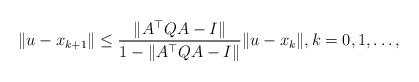
LaTeX: \begin{align*} \|u-x_{k+1}\|\leq \frac{\|A^\top QA -I\|}{1- \|A^\top Q A -I\|} \|u-x_{k}\|, k=0, 1, \ldots ,\end{align*}